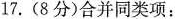
17.（8分）合并同类项:：